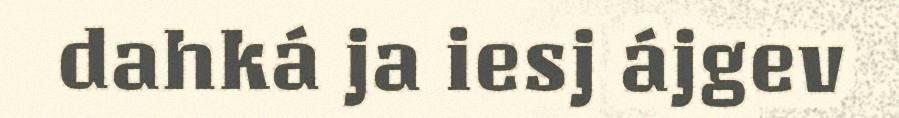
dahká ja iesj ájgev